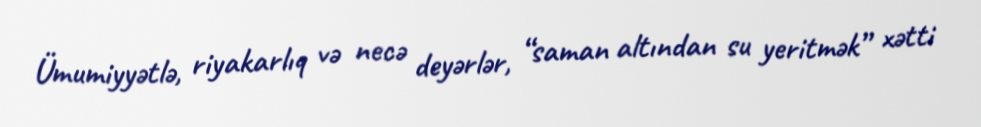
Ümumiyyətlə, riyakarlıq və necə deyərlər, “saman altından su yeritmək” xətti